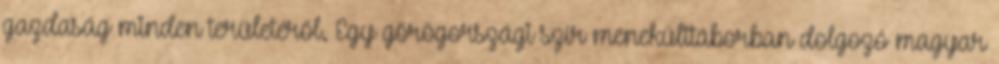
gazdaság minden területéről. Egy görögországi szír menekülttáborban dolgozó magyar